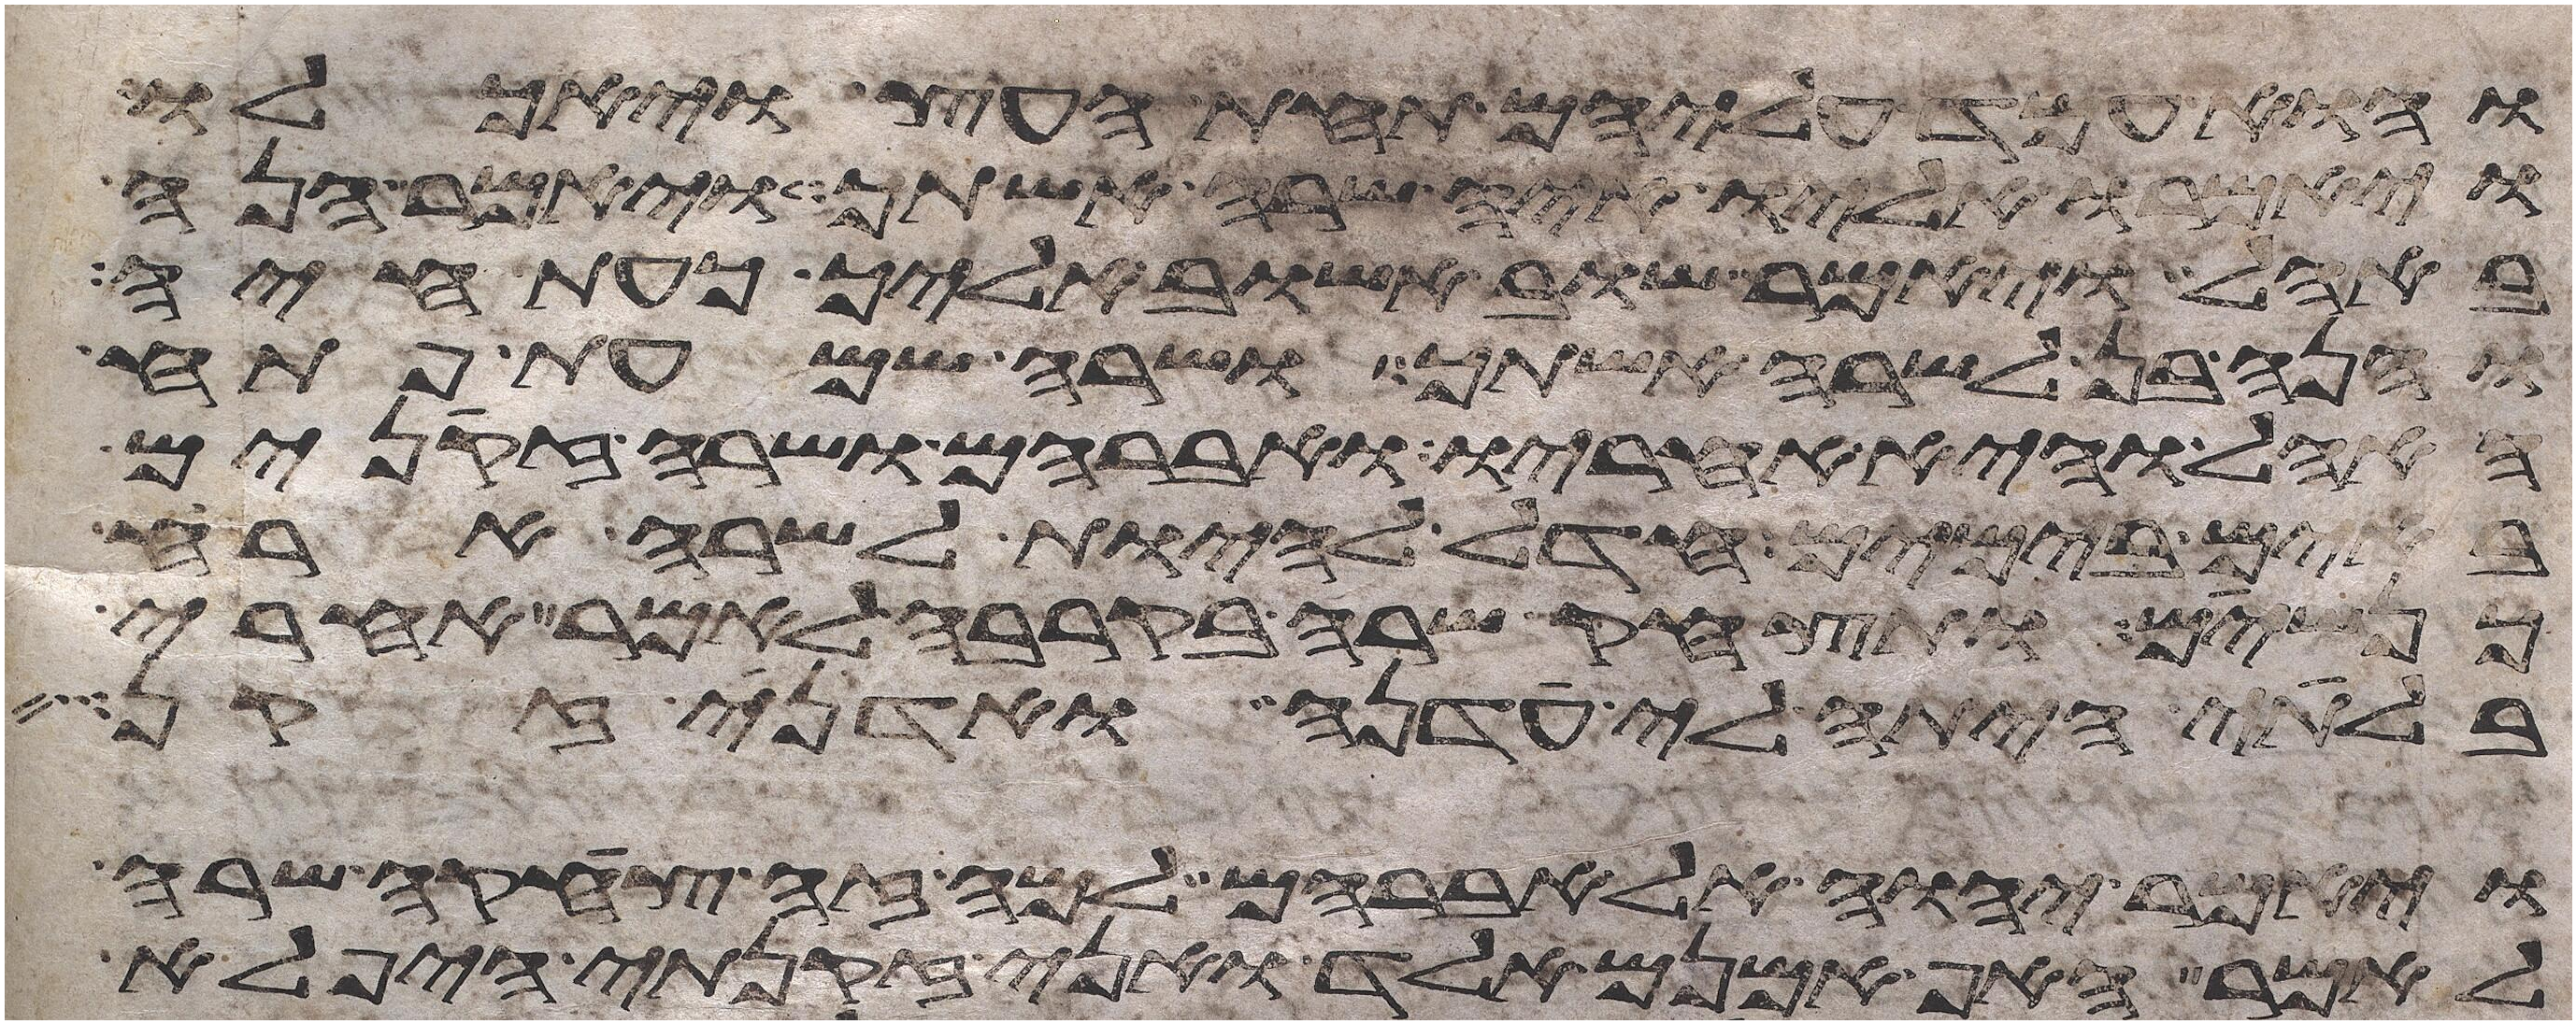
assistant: והוא עמד עליהם תחת העץ ויאכלו
ויאמרו אליו איה שרה אשתך ויאמר הנה
באהל ויאמר שוב אשוב אליך כעת חיה
והנה בן לשרה אשתך ושרה שמעת פתח
האהל והיא אחריו ואברהם ושרה זקנים
באים בימים חדל להיות לשרה ארח
כנשים ותצחק שרה בקרבה לאמר אחרי
בלתי היתה לי עדנה ואדני זקן
ויאמר יהוה אל אברהם למה זה צחקה שרה
לאמר האף אמנם אלד ואני זקנתי היפלא